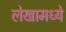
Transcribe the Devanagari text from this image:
लेखामध्येे